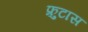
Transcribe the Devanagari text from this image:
फ्रुटास